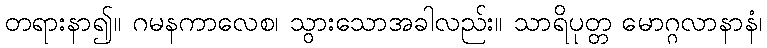
တရားနာ၍။ ဂမနကာလေစ၊ သွားသောအခါလည်း။ သာရိပုတ္တ မောဂ္ဂလာနာနံ၊